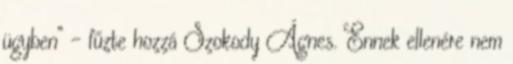
ügyben” – fűzte hozzá Szokody Ágnes. Ennek ellenére nem